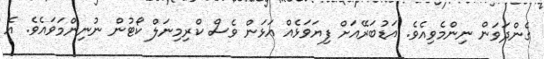
ގެންދަވަން ނިންމެވިއެވެ. އަޑުބަރޭއަށް ފިޔަވަޅެއް އަޅަން ވެސް ކްރިމިނަލް ކޯޓުން ނުނިންމަވައެވެ. އެ